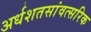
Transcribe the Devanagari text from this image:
अर्धशतसांवत्सरिक